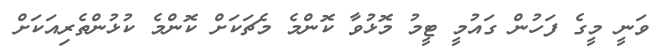
ވަނީ މީގެ ފަހުން ގައުމީ ޓީމު މޮޅުވާ ކޮންމެ މެޗަކަށް ކޮންމެ ކުޅުންތެރިއަކަށް